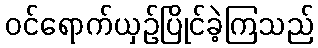
ဝင်ရောက်ယှဉ်ပြိုင်ခဲ့ကြသည်